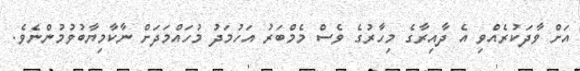
އަށް ވާދަކުރެއްވި އެ ދާއިރާގެ މިހާރުގެ ވެސް މެމްބަރު އަހުމަދު މުހައްމަދަށް ނާކާމިޔާބުވުމުންނެވެ.